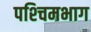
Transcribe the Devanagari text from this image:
पश्‍चिमभाग